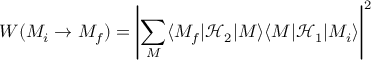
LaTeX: W ( M _ { i } \rightarrow M _ { f } ) = \left| \sum _ { M } \langle M _ { f } | { \mathcal { H } } _ { 2 } | M \rangle \langle M | { \mathcal { H } } _ { 1 } | M _ { i } \rangle \right| ^ { 2 }